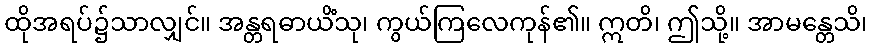
ထိုအရပ်၌သာလျှင်။ အန္တရဓာယိံသု၊ ကွယ်ကြလေကုန်၏။ ဣတိ၊ ဤသို့။ အာမန္တေသိ၊